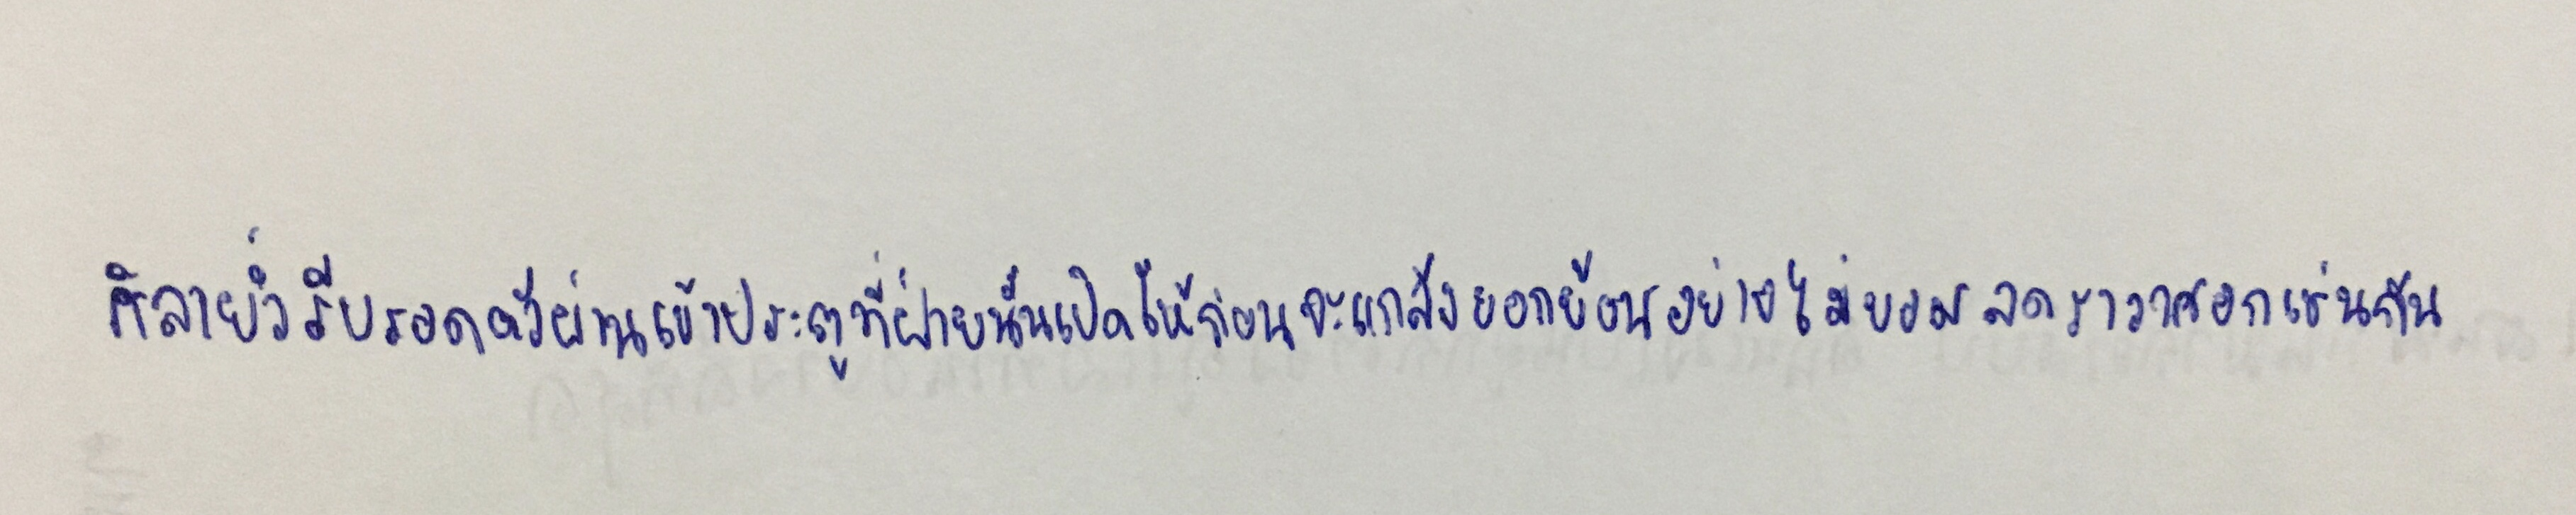
ศิลายั่วรีบรอดตัวผ่านเข้าประตูที่ฝ่ายนั้นเปิดให้ก่อนจะแกล้งยอกย้อนอย่างไม่ยอมลดราวาศอกเช่นกัน